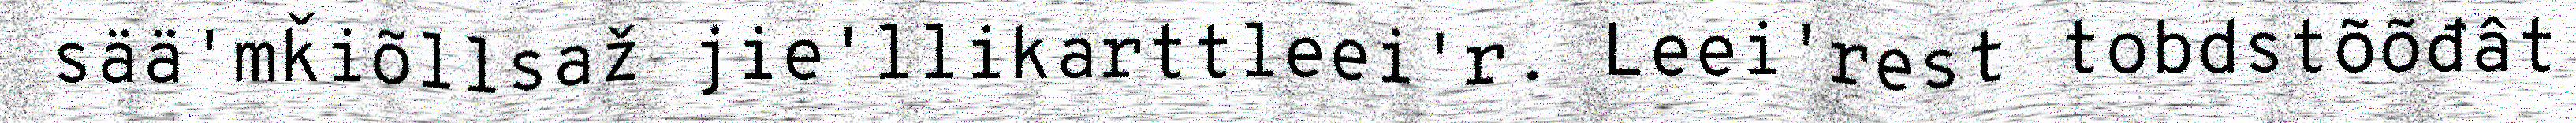
sää'mǩiõllsaž jie'llikarttleei'r. Leei'rest tobdstõõđât